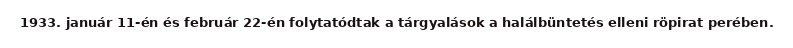
1933. január 11-én és február 22-én folytatódtak a tárgyalások a halálbüntetés elleni röpirat perében.